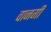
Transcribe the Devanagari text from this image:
वानगी